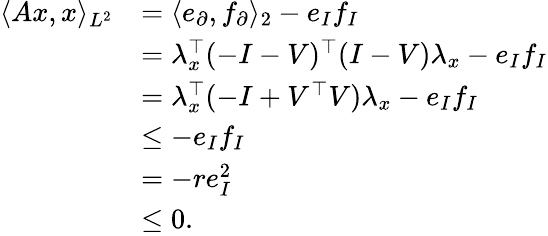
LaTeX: \begin{array}{rl}{\langle Ax,x\rangle_{L^{2}}}&{=\langle e_{\partial},f_{\partial}\rangle_{2}-e_{I}f_{I}}\\ &{=\lambda_{x}^{\top}(-I-V)^{\top}(I-V)\lambda_{x}-e_{I}f_{I}}\\ &{=\lambda_{x}^{\top}(-I+V^{\top}V)\lambda_{x}-e_{I}f_{I}}\\ &{\leq-e_{I}f_{I}}\\ &{=-re_{I}^{2}}\\ &{\leq 0.}\end{array}